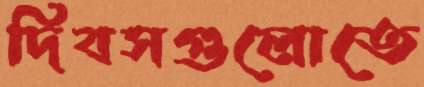
দিবসগুলোতে